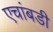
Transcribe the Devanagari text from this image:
एचांबडी